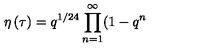
\eta \left( \tau \right) = q ^ { 1 / 2 4 } \prod _ { n = 1 } ^ { \infty } ( 1 - q ^ { n }